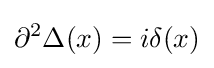
\partial ^{2}\Delta (x)=i\delta (x)